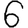
Digit: 6